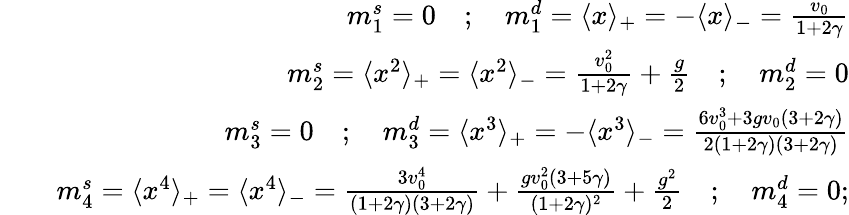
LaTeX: \begin{array}{rlr}&{}&{m_{1}^{s}=0\quad;\quad m_{1}^{d}=\langle x\rangle_{+}=-\langle x\rangle_{-}=\frac{v_{0}}{1+2\gamma}}\\ &{}&{m_{2}^{s}=\langle x^{2}\rangle_{+}=\langle x^{2}\rangle_{-}=\frac{v_{0}^{2}}{1+2\gamma}+\frac{g}{2}\quad;\quad m_{2}^{d}=0}\\ &{}&{m_{3}^{s}=0\quad;\quad m_{3}^{d}=\langle x^{3}\rangle_{+}=-\langle x^{3}\rangle_{-}=\frac{6v_{0}^{3}+3gv_{0}(3+2\gamma)}{2(1+2\gamma)(3+2\gamma)}}\\ &{}&{m_{4}^{s}=\langle x^{4}\rangle_{+}=\langle x^{4}\rangle_{-}=\frac{3v_{0}^{4}}{(1+2\gamma)(3+2\gamma)}+\frac{gv_{0}^{2}(3+5\gamma)}{(1+2\gamma)^{2}}+\frac{g^{2}}{2}\quad;\quad m_{4}^{d}=0;}\end{array}